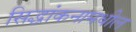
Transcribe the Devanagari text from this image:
सिद्धांकनामधील